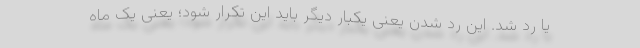
یا رد شد. این رد شدن یعنی یکبار دیگر باید این تکرار شود؛ یعنی یک ماه